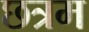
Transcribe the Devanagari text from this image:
छत्रम